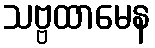
သဗ္ဗထာမေန